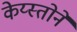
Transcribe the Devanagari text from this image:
केय्स्तोने